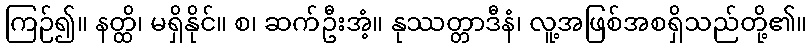
ကြဉ်၍။ နတ္ထိ၊ မရှိနိုင်။ စ၊ ဆက်ဦးအံ့။ နုဿတ္တာဒီနံ၊ လူ့အဖြစ်အစရှိသည်တို့၏။